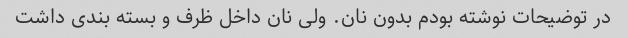
در توضیحات نوشته بودم بدون نان. ولی نان داخل ظرف و بسته بندی داشت